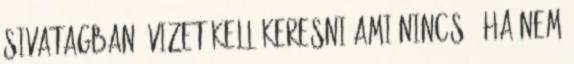
sivatagban: vizet kell keresni ami nincs , ha nem